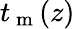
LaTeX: t_{\mathrm{~m~}}(z)